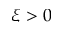
\xi > 0